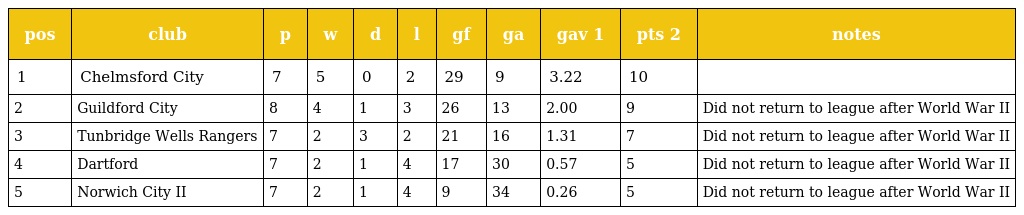
| pos | club | p | w | d | l | gf | ga | gav 1 | pts 2 | notes |
 | --- | --- | --- | --- | --- | --- | --- | --- | --- | --- | --- |
 | 1 | Chelmsford City | 7 | 5 | 0 | 2 | 29 | 9 | 3.22 | 10 |  |
 | 2 | Guildford City | 8 | 4 | 1 | 3 | 26 | 13 | 2.00 | 9 | Did not return to league after World War II |
 | 3 | Tunbridge Wells Rangers | 7 | 2 | 3 | 2 | 21 | 16 | 1.31 | 7 | Did not return to league after World War II |
 | 4 | Dartford | 7 | 2 | 1 | 4 | 17 | 30 | 0.57 | 5 | Did not return to league after World War II |
 | 5 | Norwich City II | 7 | 2 | 1 | 4 | 9 | 34 | 0.26 | 5 | Did not return to league after World War II |